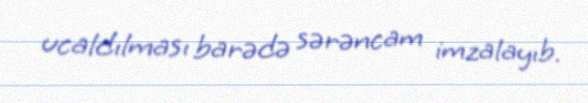
ucaldılması barədə sərəncam imzalayıb.